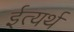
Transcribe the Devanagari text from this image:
ईत्यर्थ